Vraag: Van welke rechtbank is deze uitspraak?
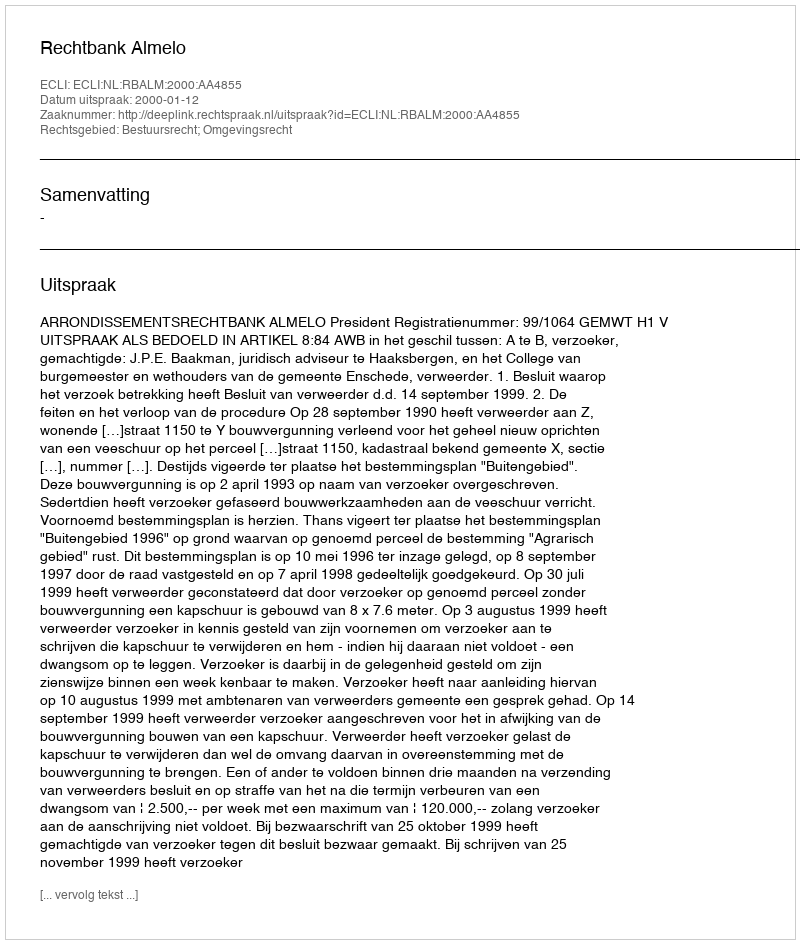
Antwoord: Rechtbank Almelo